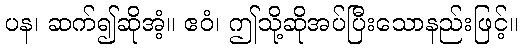
ပန၊ ဆက်၍ဆိုအံ့။ ဧဝံ၊ ဤသို့ဆိုအပ်ပြီးသောနည်းဖြင့်။